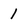
Character: l